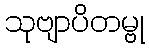
သုဗျာပိတမ္ဗု